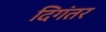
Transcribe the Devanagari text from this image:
दिगंतर